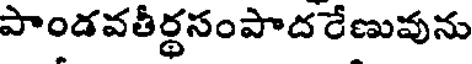
పాండవతీర్థసంపాద రేణువును